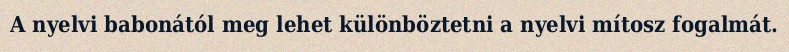
A nyelvi babonától meg lehet különböztetni a nyelvi mítosz fogalmát.